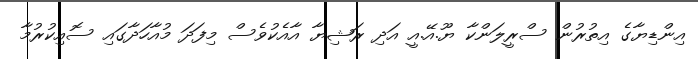
އިންޑިޔާގެ އިތުރުން ސްރީލަންކާ ޔޫ.އޭ.އީ އަދި ރަޝިޔާ އާއެކުވެސް މިފަދަ މުއާހަދާގައި ސޮއިކުރުމާ